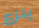
ينزع